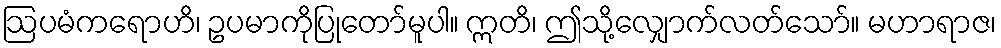
ဩပမံကရောဟိ၊ ဥပမာကိုပြုတော်မူပါ။ ဣတိ၊ ဤသို့လျှောက်လတ်သော်။ မဟာရာဇ၊